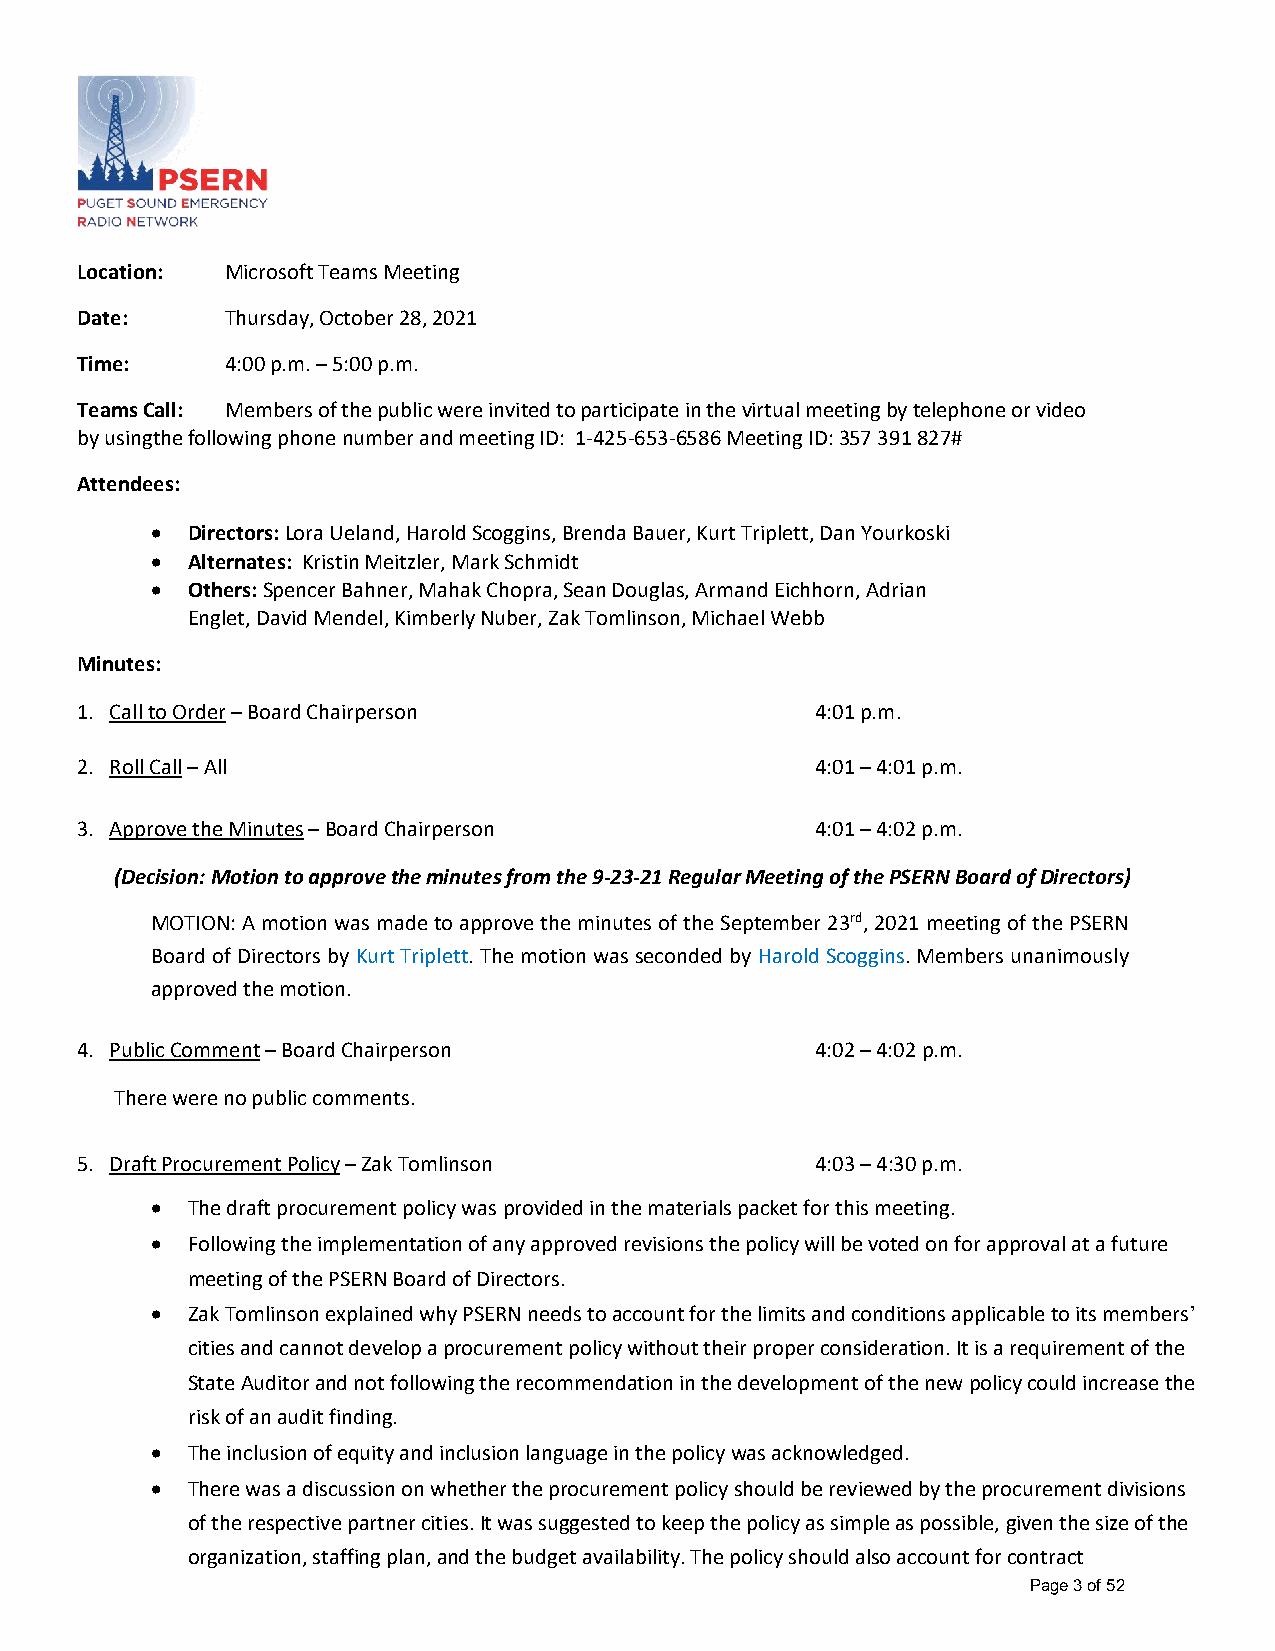
Location: Microsoft Teams Meeting
 Date:     Thursday, October 28, 2021
 Time:     4:00 p.m. – 5:00 p.m.
 Teams Call: Members of the public were invited to participate in the virtual meeting by telephone or video
 by using the following phone number and meeting ID: 1-425-653-6586 Meeting ID: 357 391 827#
 Attendees:
 • Directors: Lora Ueland, Harold Scoggins, Brenda Bauer, Kurt Triplett, Dan Yourkoski
 • Alternates: Kristin Meitzler, Mark Schmidt
 • Others: Spencer Bahner, Mahak Chopra, Sean Douglas, Armand Eichhorn, Adrian
 Englet, David Mendel, Kimberly Nuber, Zak Tomlinson, Michael Webb
 Minutes:
 1. Call to Order – Board Chairperson             4:01 p.m.
 2. Roll Call – All                               4:01 – 4:01 p.m.
 3. Approve the Minutes – Board Chairperson       4:01 – 4:02 p.m.
 (Decision: Motion to approve the minutes from the 9-23-21 Regular Meeting of the PSERN Board of Directors)
 MOTION: A motion was made to approve the minutes of the September 23rd, 2021 meeting of the PSERN
 Board of Directors by Kurt Triplett. The motion was seconded by Harold Scoggins. Members unanimously
 approved the motion.
 4. Public Comment – Board Chairperson            4:02 – 4:02 p.m.
 There were no public comments.
 5. Draft Procurement Policy – Zak Tomlinson      4:03 – 4:30 p.m.
 • The draft procurement policy was provided in the materials packet for this meeting.
 • Following the implementation of any approved revisions the policy will be voted on for approval at a future
 meeting of the PSERN Board of Directors.
 • Zak Tomlinson explained why PSERN needs to account for the limits and conditions applicable to its members’
 cities and cannot develop a procurement policy without their proper consideration. It is a requirement of the
 State Auditor and not following the recommendation in the development of the new policy could increase the
 risk of an audit finding.
 • The inclusion of equity and inclusion language in the policy was acknowledged.
 • There was a discussion on whether the procurement policy should be reviewed by the procurement divisions
 of the respective partner cities. It was suggested to keep the policy as simple as possible, given the size of the
 organization, staffing plan, and the budget availability. The policy should also account for contract
 Page 3 of 52